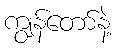
ကျွန်တော်နဲ့